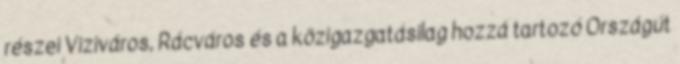
részei Viziváros, Rácváros és a közigazgatásilag hozzá tartozó Országút